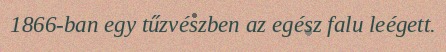
1866-ban egy tűzvészben az egész falu leégett.